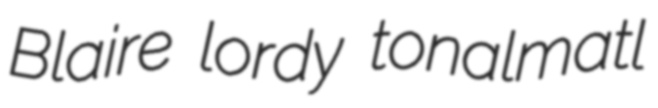
Blaire lordy tonalmatl